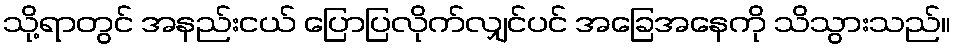
သို့ရာတွင် အနည်းငယ် ပြောပြလိုက်လျှင်ပင် အခြေအနေကို သိသွားသည်။